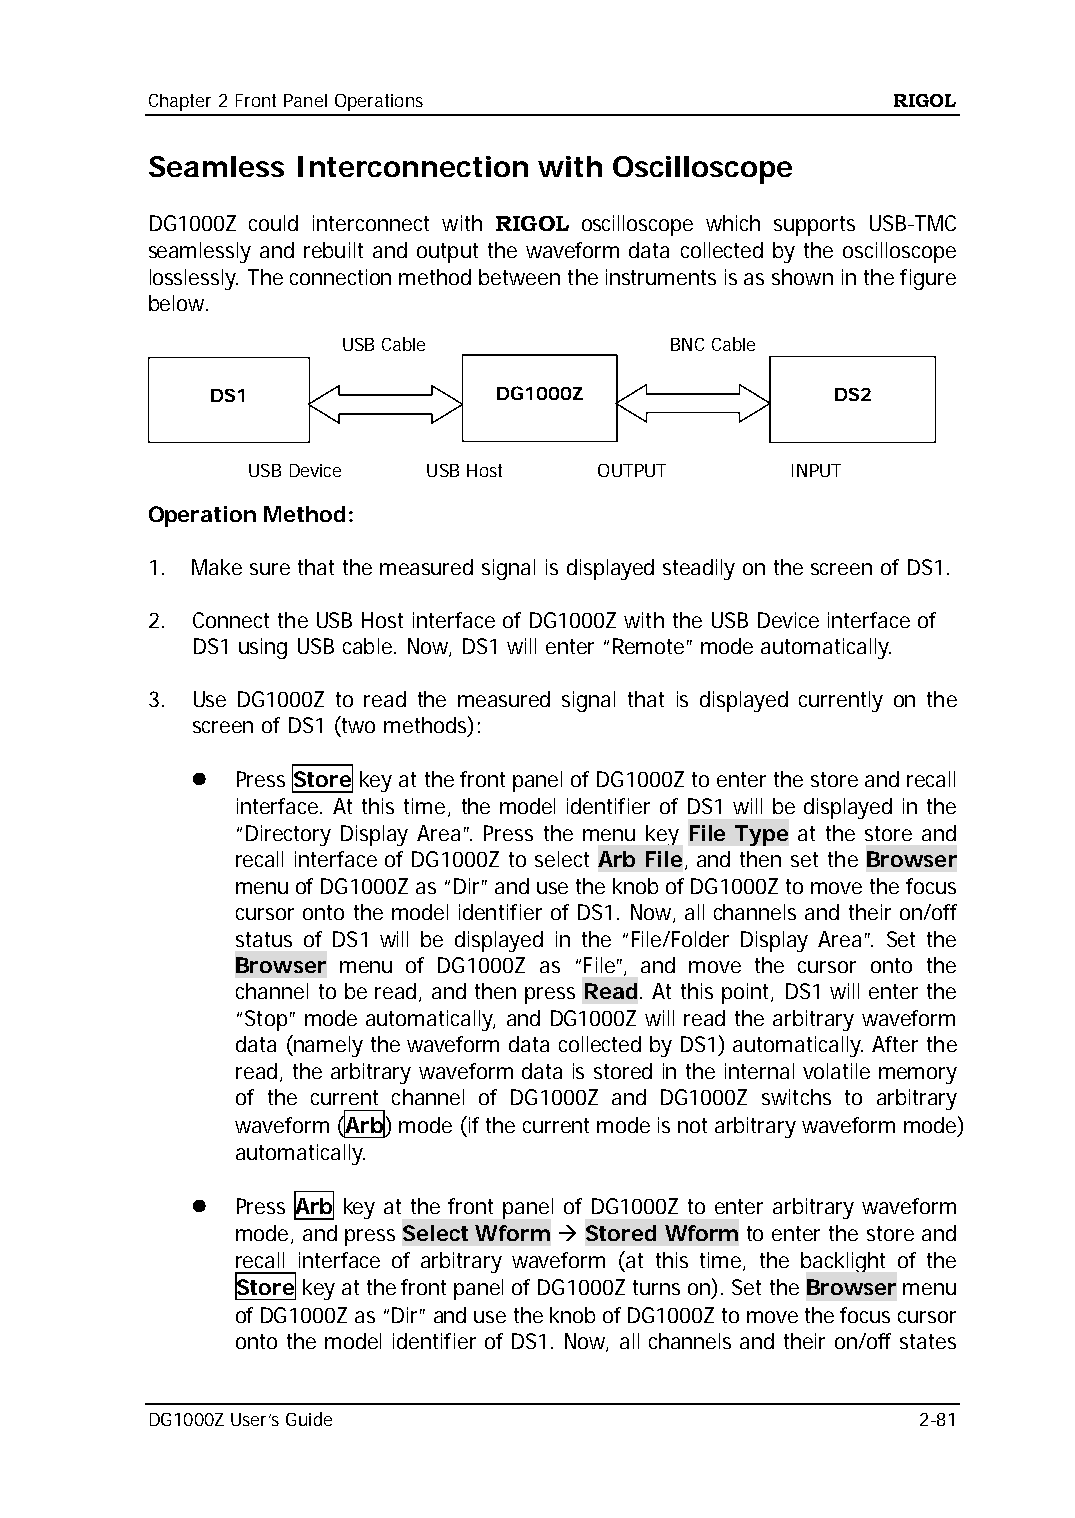
Chapter 2 Front Panel Operations                 RIGOL
 Seamless Interconnection  with Oscilloscope
 DG1000Z could interconnect with RIGOL oscilloscope which supports USB-TMC
 seamlessly and rebuilt and output the waveform data collected by the oscilloscope
 losslessly. The connection method between the instruments is as shown in the figure
 below.
 USB Cable            BNC Cable
 DS1                DG1000Z               DS2
 USB Device  USB Host    OUTPUT      INPUT
 Operation Method:
 1. Make sure that the measured signal is displayed steadily on the screen of DS1.
 2. Connect the USB Host interface of DG1000Z with the USB Device interface of
 DS1 using USB cable. Now, DS1 will enter “Remote” mode automatically.
 3. Use DG1000Z to read the measured signal that is displayed currently on the
 screen of DS1 (two methods):
   Press Store key at the front panel of DG1000Z to enter the store and recall
 interface. At this time, the model identifier of DS1 will be displayed in the
 “Directory Display Area”. Press the menu key File Type at the store and
 recall interface of DG1000Z to select Arb File, and then set the Browser
 menu of DG1000Z as “Dir” and use the knob of DG1000Z to move the focus
 cursor onto the model identifier of DS1. Now, all channels and their on/off
 status of DS1 will be displayed in the “File/Folder Display Area”. Set the
 Browser menu of DG1000Z as “File”, and move the cursor onto the
 channel to be read, and then press Read. At this point, DS1 will enter the
 “Stop” mode automatically, and DG1000Z will read the arbitrary waveform
 data (namely the waveform data collected by DS1) automatically. After the
 read, the arbitrary waveform data is stored in the internal volatile memory
 of the current channel of DG1000Z and DG1000Z switchs to arbitrary
 waveform (Arb) mode (if the current mode is not arbitrary waveform mode)
 automatically.
   Press Arb key at the front panel of DG1000Z to enter arbitrary waveform
 mode, and press Select Wform  Stored Wform to enter the store and
 recall interface of arbitrary waveform (at this time, the backlight of the
 Store key at the front panel of DG1000Z turns on). Set the Browser menu
 of DG1000Z as “Dir” and use the knob of DG1000Z to move the focus cursor
 onto the model identifier of DS1. Now, all channels and their on/off states
 DG1000Z User’s Guide                               2-81